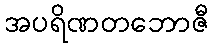
အပရိဏတဘောဇီ